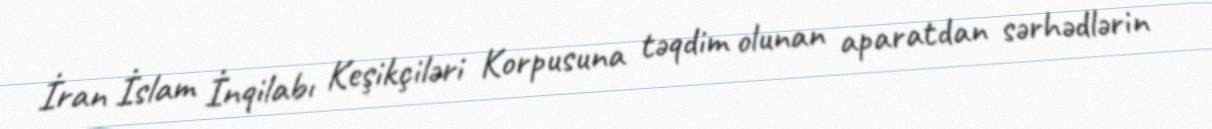
İran İslam İnqilabı Keşikçiləri Korpusuna təqdim olunan aparatdan sərhədlərin